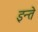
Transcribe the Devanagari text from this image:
इन्ते